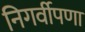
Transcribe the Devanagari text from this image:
निगर्वीपणा